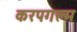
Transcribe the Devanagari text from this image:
करपगल्म